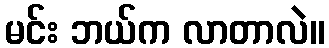
မင်း ဘယ်က လာတာလဲ။